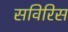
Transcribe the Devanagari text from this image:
सविरिस